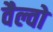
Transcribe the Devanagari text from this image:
वैल्वो